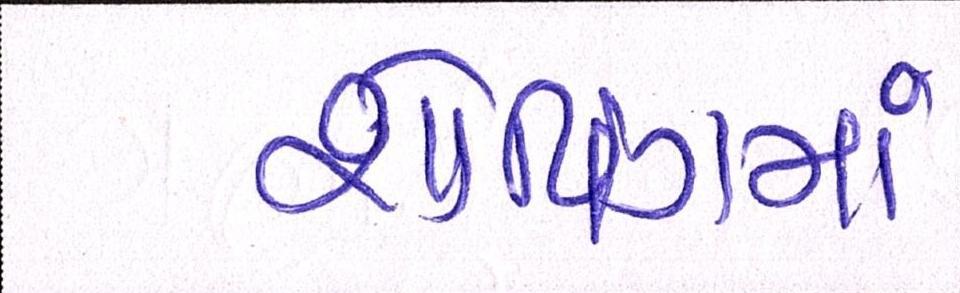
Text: શોપિંગમાં